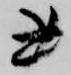
書